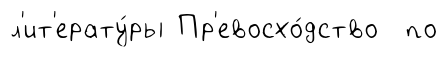
л'ит'ерату́ры Пр'евосхо́дство по